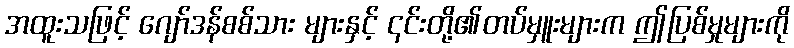
အထူးသဖြင့် ဂျော်ဒန်စစ်သား များနှင့် ၎င်းတို့၏တပ်မှူးများက ဤပြစ်မှုများကို